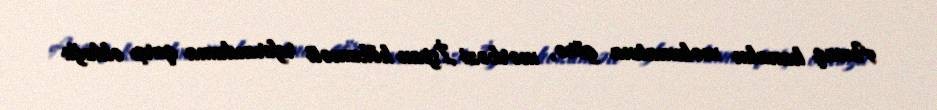
Ancaq kanalın məlumatına görə, mərkəzi İspan hökuməti referenduma qarşı olduğu